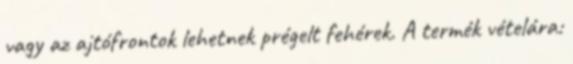
vagy az ajtófrontok lehetnek prégelt fehérek. A termék vételára: